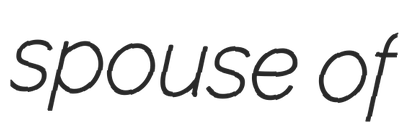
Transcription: spouse of